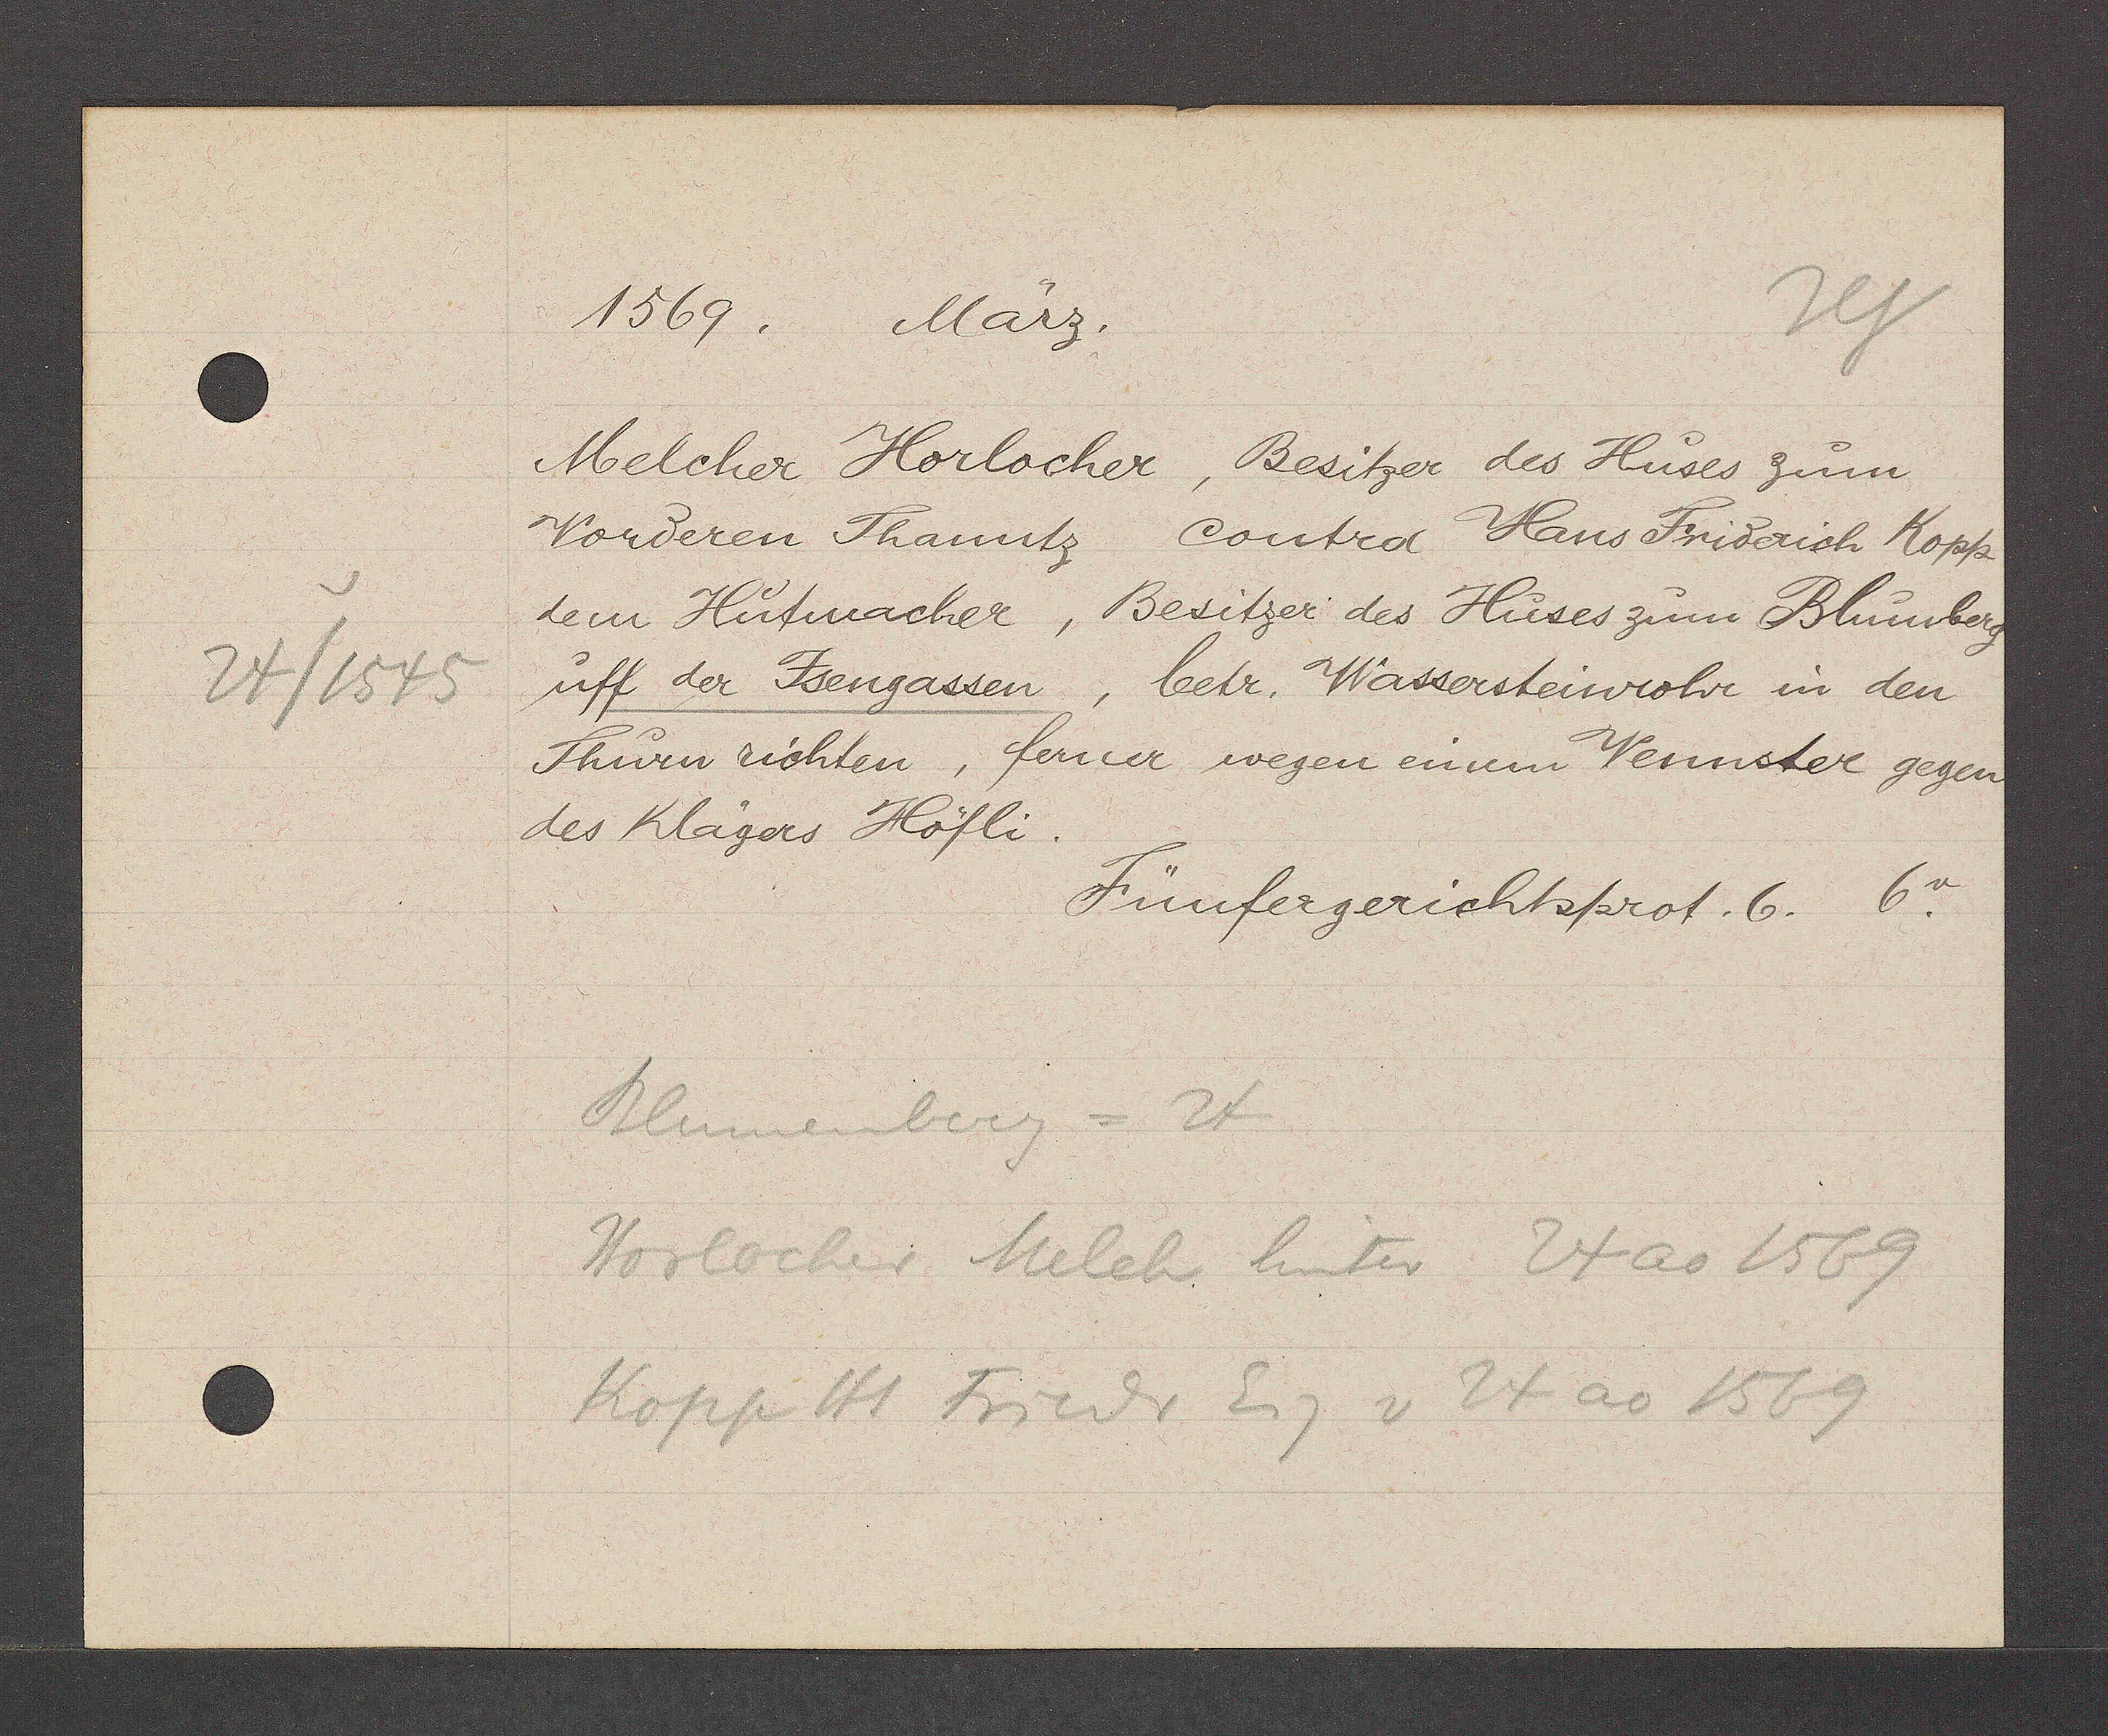
Transcript:
24/1545

1569. März.
Melcher Horlocher, Besitzer des Huses zum
Vorderen Thanntz contra Hans Friderich Kopp
dem Hutmacher, Besitzer des Huses zum Blumberg
uff der Jsengassen, betr. Wassersteinrohr in den
Thurn richten, ferner wegen einem Vennster gegen
des Klägers Höfli.
Fünfergerichtsprot. 6. 6v.
Blumenberg = 24
Horlocher Melch hinter. 24ao 1569
Kopp Hs Friedr Eig v 24 ao 1569